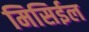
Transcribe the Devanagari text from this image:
मिसिईल